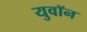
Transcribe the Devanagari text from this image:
युवॉन